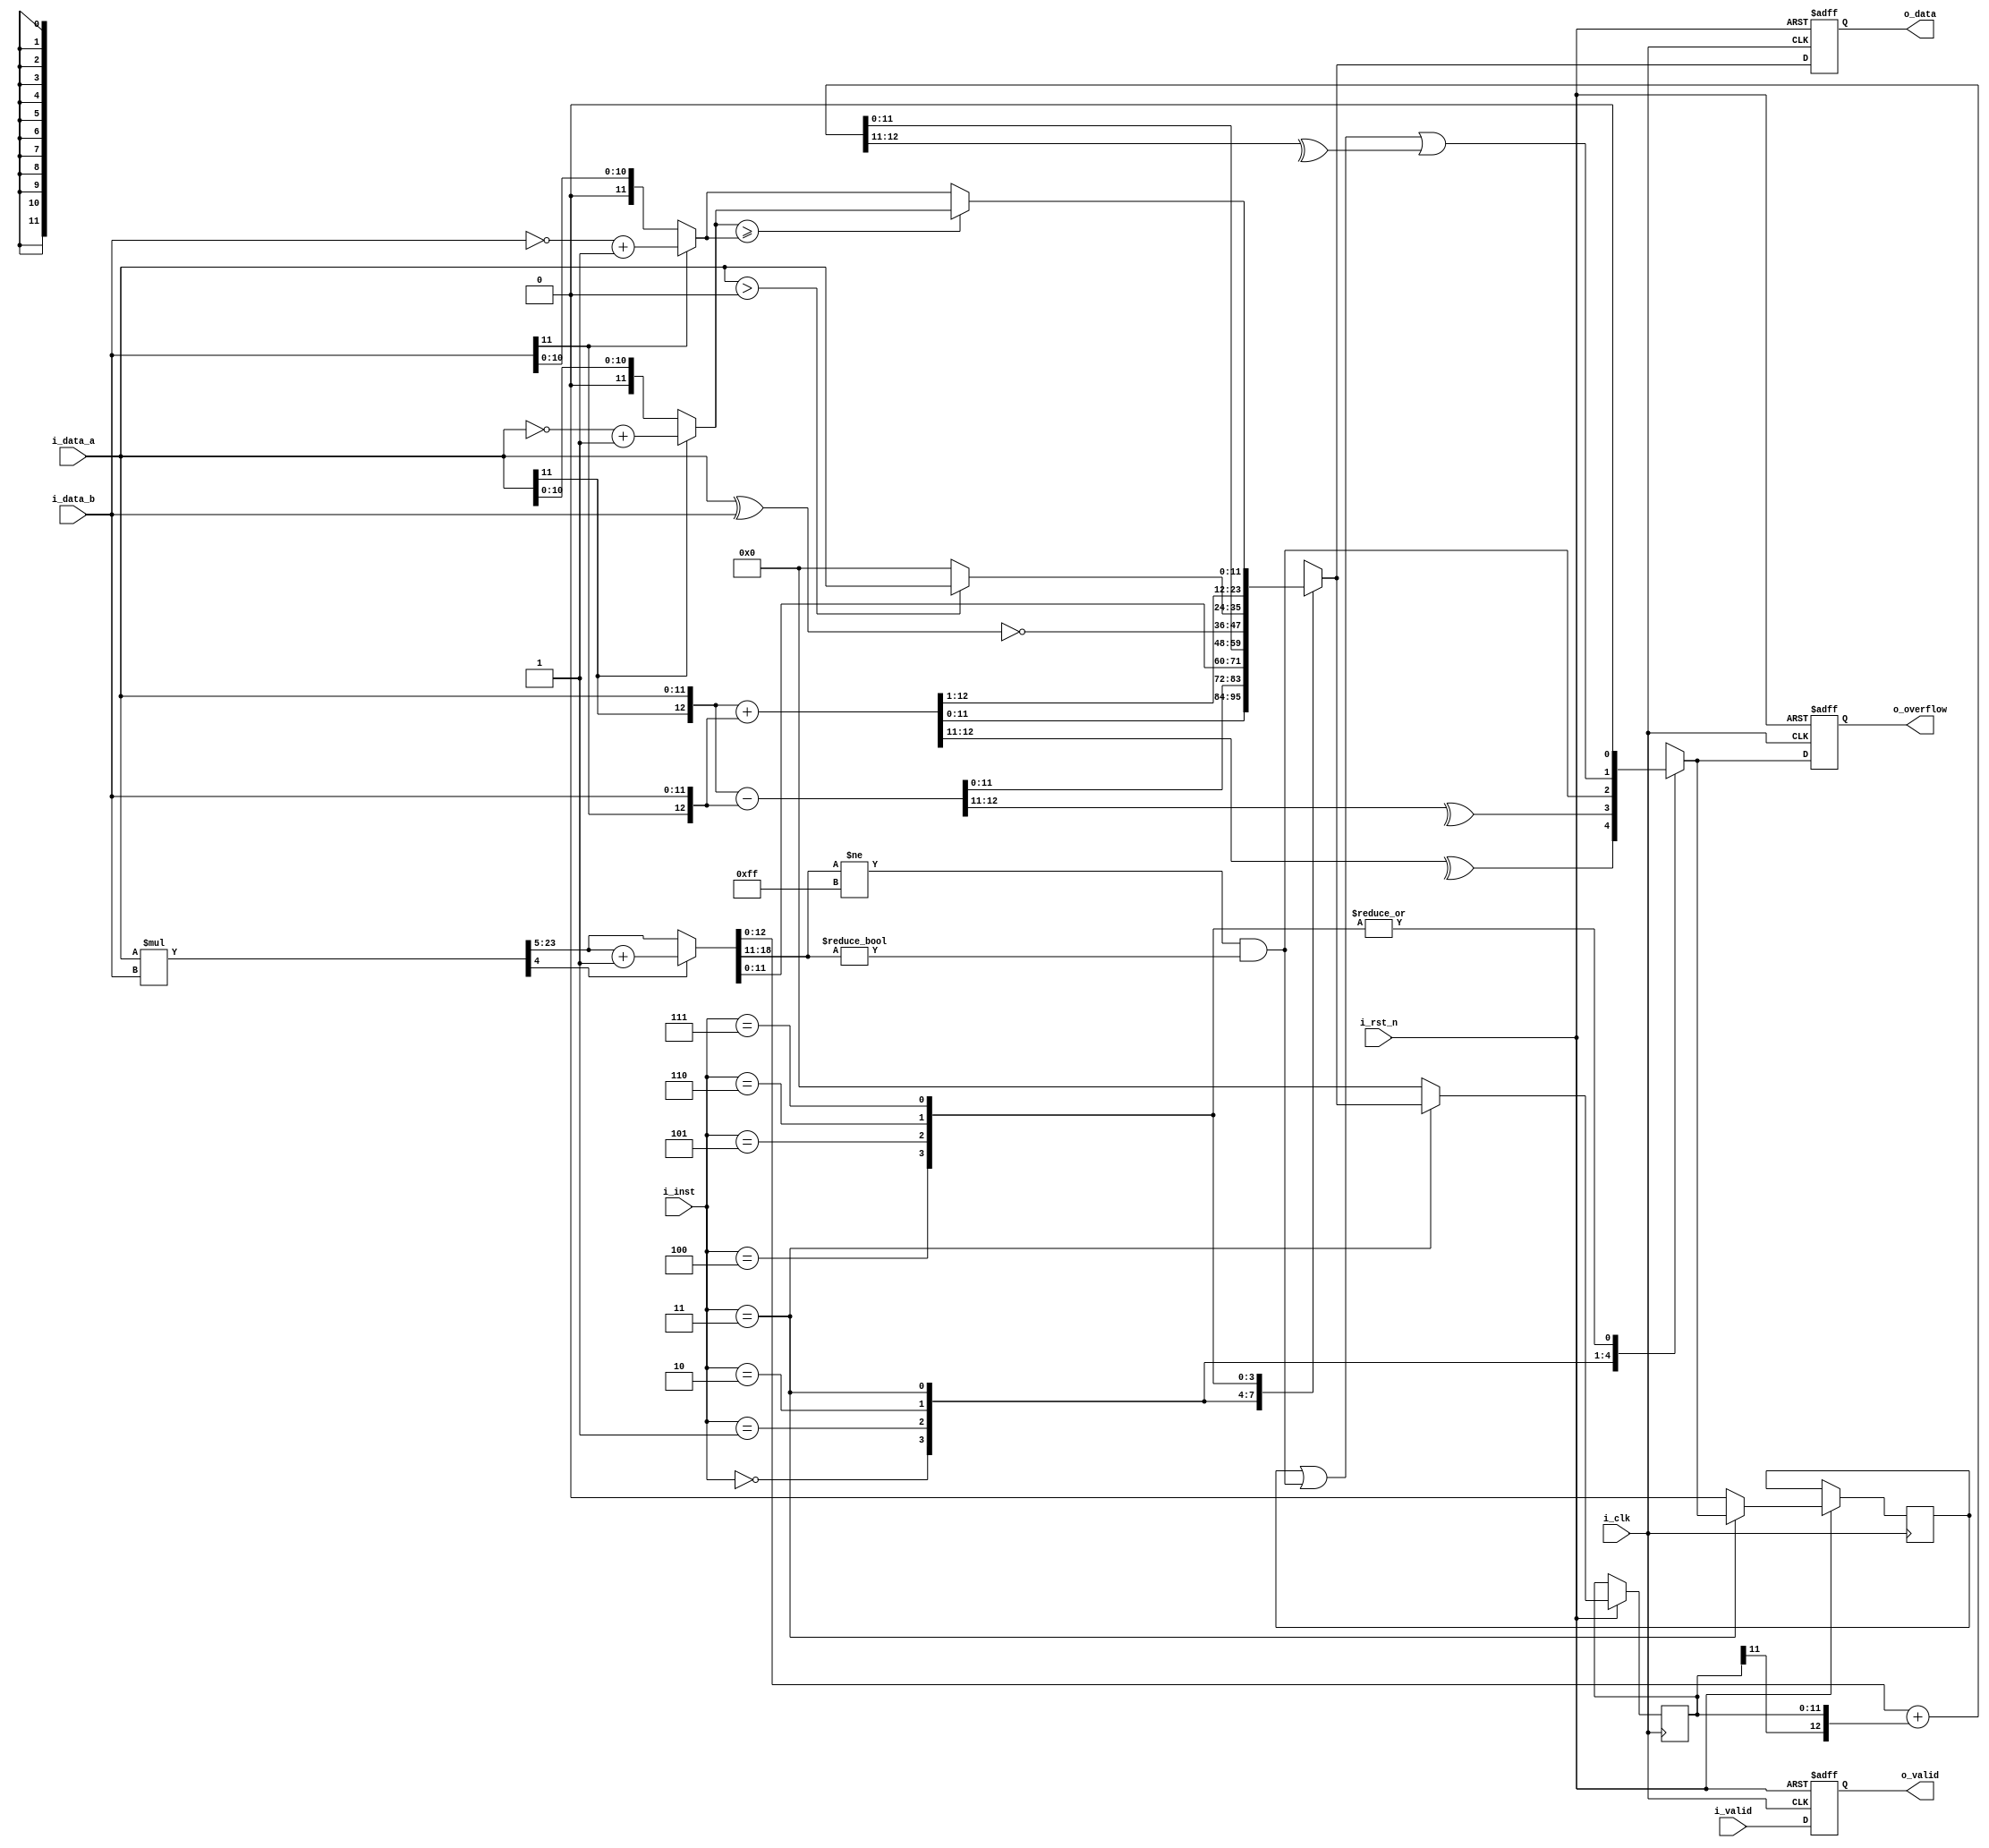
module alu (
    input               i_clk,
    input               i_rst_n,
    input               i_valid,
    input signed [11:0] i_data_a,
    input signed [11:0] i_data_b,
    input        [2:0]  i_inst,
    output              o_valid,
    output       [11:0] o_data,
    output              o_overflow
);
    
// ---------------------------------------------------------------------------
// Wires and Registers
// ---------------------------------------------------------------------------
reg  [11:0] o_data_w, o_data_r;
reg         o_valid_w, o_valid_r;
reg         o_overflow_w, o_overflow_r;
// ---- Add your own wires and registers here if needed ---- //
reg	 [11:0]	data_old, abs_a, abs_b;
reg  		of_old;
reg	 [12:0]	data_add, data_mac;   // extend the bit num (+1)
reg  [23:0] data_multi; // extend the bit num (*2)
reg  [18:0] data_round; // extend the bit num

// ---------------------------------------------------------------------------
// Continuous Assignment
// ---------------------------------------------------------------------------
assign o_valid = o_valid_r;
assign o_data = o_data_r;
assign o_overflow = o_overflow_r;
// ---- Add your own wire data assignments here if needed ---- //




// ---------------------------------------------------------------------------
// Combinational Blocks
// ---------------------------------------------------------------------------
// ---- Write your conbinational block design here ---- //
always@(*) begin
    o_valid_w = i_valid;
	o_data_w = 12'b0;
	o_overflow_w = 1'b0;

	case(i_inst)
		3'b000: begin // Add
			data_add = {i_data_a[11], i_data_a} + {i_data_b[11], i_data_b};
			// data
			o_data_w = data_add[11:0];
			// overflow
			o_overflow_w = ^data_add[12:11];
		end
		3'b001: begin // Sub
			data_add = {i_data_a[11], i_data_a} - {i_data_b[11], i_data_b};
			// data
			o_data_w = data_add[11:0];
			// overflow
			o_overflow_w = ^data_add[12:11];
		end
		3'b010: begin // Multi
			data_multi = i_data_a * i_data_b;
			data_round = (data_multi[4]==1'b1)? data_multi[23:5]+1: data_multi[23:5];

			// data
			o_data_w = data_round[11:0];
			// overflow
			o_overflow_w = (data_round[18:11] != 8'b11111111 & data_round[18:11] != 8'b00000000);
		end
		3'b011: begin // MAC
			data_multi = i_data_a * i_data_b;
			data_round = (data_multi[4]==1'b1)? data_multi[23:5]+1: data_multi[23:5];
			data_mac = data_round[12:0] + {data_old[11], data_old};
			// data
			o_data_w = data_mac[11:0];
			// overflow
			o_overflow_w = of_old | (data_round[18:11] != 8'b11111111 & data_round[18:11] != 8'b00000000) | ^data_mac[12:11];
		end
		3'b100: begin // XNOR
			o_data_w = ~(i_data_a ^ i_data_b);
		end
		3'b101: begin // ReLu
			o_data_w = (i_data_a>0)? i_data_a: 12'b0;
		end
		3'b110: begin // Mean
			data_add = ({i_data_a[11], i_data_a} + {i_data_b[11], i_data_b}) >>> 1;
			// data
			o_data_w = data_add[11:0];
		end
		3'b111: begin // AbsMax
			abs_a = (i_data_a[11])? (~i_data_a+1'b1): i_data_a;
			abs_b = (i_data_b[11])? (~i_data_b+1'b1): i_data_b;
			o_data_w = (abs_a >= abs_b)? abs_a: abs_b;
		end
		default: begin 
			o_data_w = 12'b0;
			o_overflow_w = 1'b0;
		end
	endcase
end

// ---------------------------------------------------------------------------
// Sequential Block
// ---------------------------------------------------------------------------
// ---- Write your sequential block design here ---- //
always@(posedge i_clk or negedge i_rst_n) begin
    if(!i_rst_n) begin
        o_data_r <= 0;
        o_overflow_r <= 0;
        o_valid_r <= 0;
    end else begin
        o_data_r <= o_data_w;
        o_overflow_r <= o_overflow_w;
        o_valid_r <= o_valid_w;
    end
end

always@(posedge i_clk or negedge i_rst_n) begin
    if(i_rst_n) begin
		if(i_inst==3'b011) begin
			data_old <= o_data_w;
			of_old <= o_overflow_w;
		end else begin
			data_old <= 0;
			of_old <= 0;
		end
	end
end
endmodule